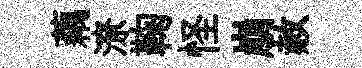
藕潦鞠怪崩赦